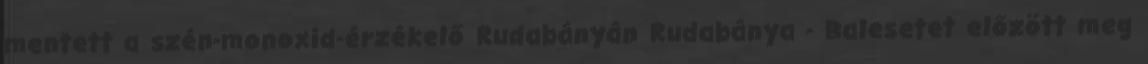
mentett a szén-monoxid-érzékelő Rudabányán Rudabánya - Balesetet előzött meg